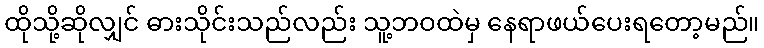
ထိုသို့ဆိုလျှင် ဓားသိုင်းသည်လည်း သူ့ဘဝထဲမှ နေရာဖယ်ပေးရတော့မည်။